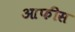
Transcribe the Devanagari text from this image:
आफीस